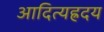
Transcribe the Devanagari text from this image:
आदित्यह्रदय